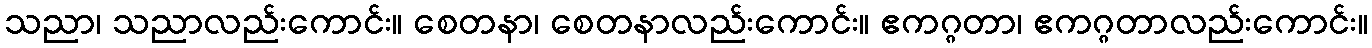
သညာ၊ သညာလည်းကောင်း။ စေတနာ၊ စေတနာလည်းကောင်း။ ဧကဂ္ဂတာ၊ ဧကဂ္ဂတာလည်းကောင်း။